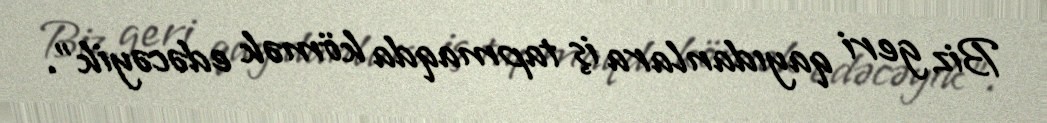
Biz geri qayıdanlara iş tapmaqda kömək edəcəyik”.